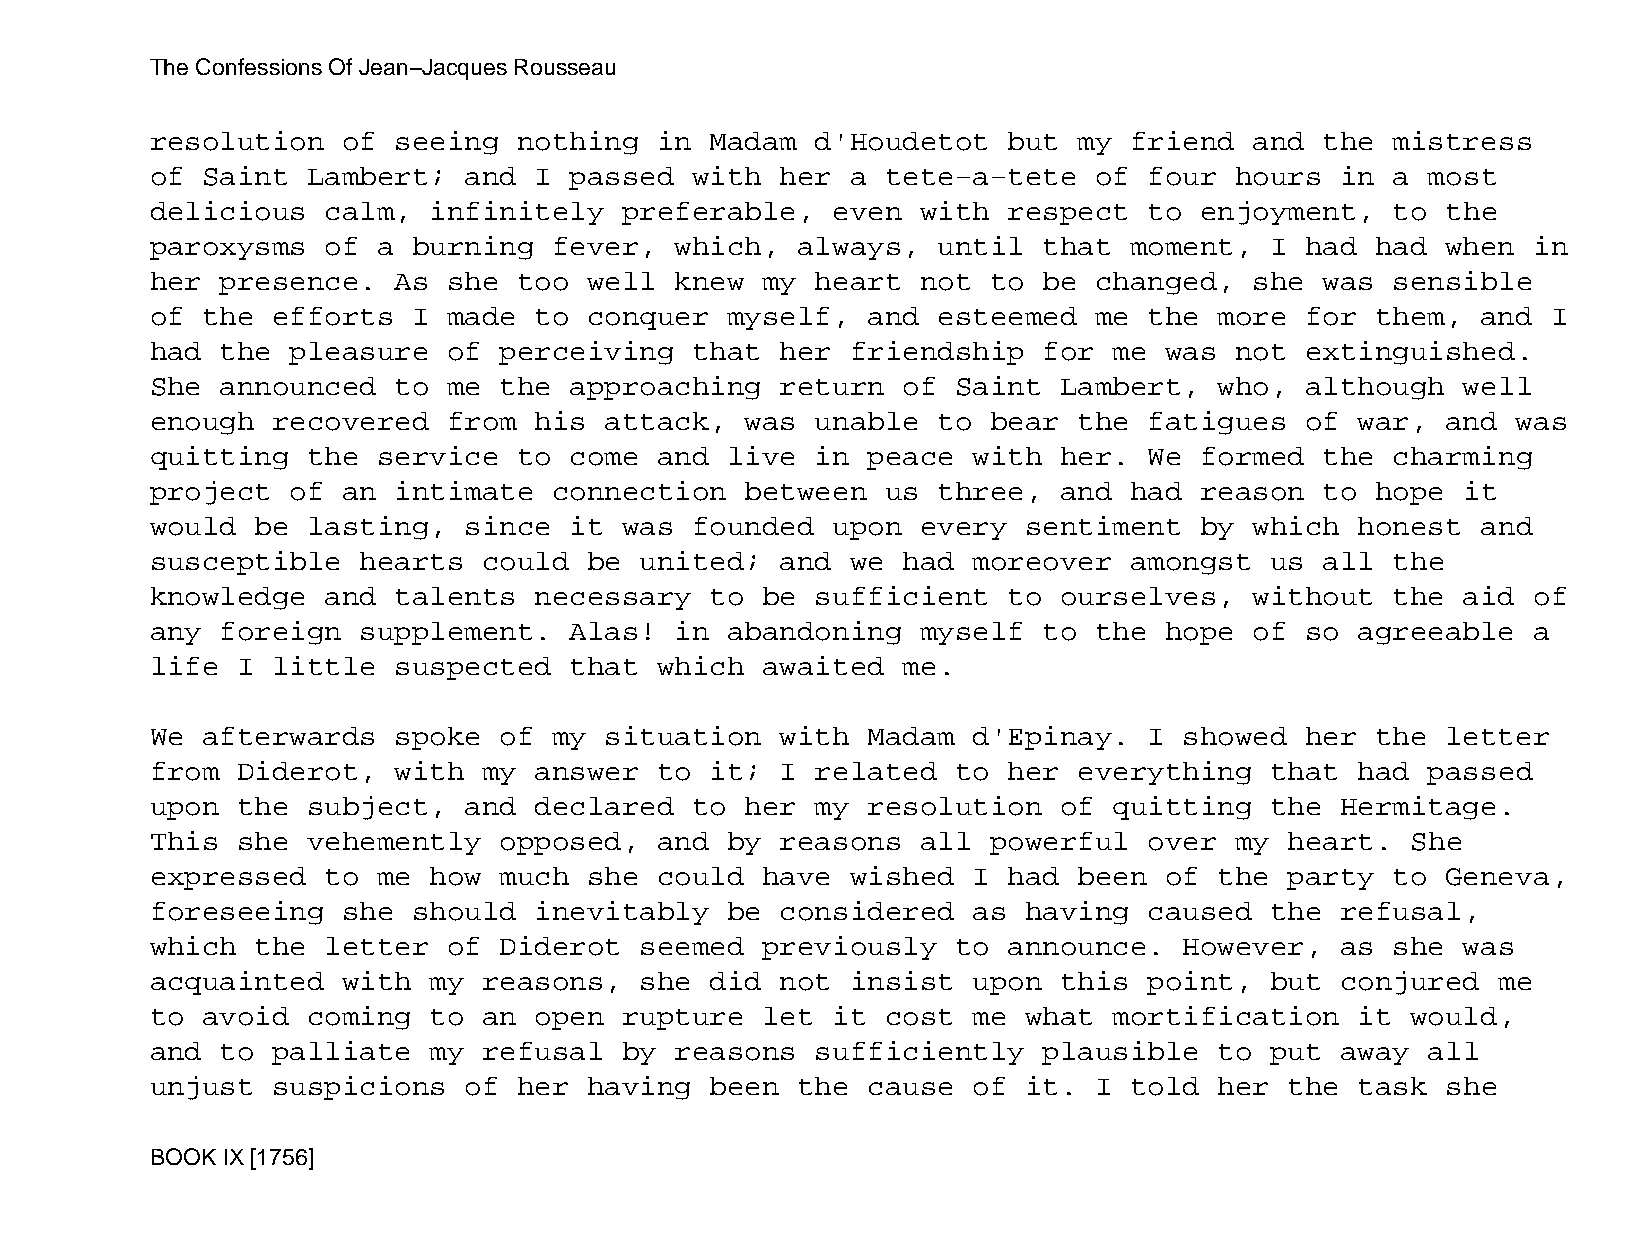
The Confessions Of Jean−Jacques Rousseau
 resolution   of seeing  nothing   in Madam  d'Houdetot   but my  friend  and  the mistress
 of Saint  Lambert;   and I  passed  with  her a  tete−a−tete  of  four  hours  in a  most
 delicious   calm, infinitely   preferable,   even  with  respect  to enjoyment,   to  the
 paroxysms   of a burning   fever,  which,  always,  until  that  moment,  I had  had  when in
 her  presence.  As  she too  well  knew my  heart  not  to be changed,   she  was sensible
 of the  efforts  I  made to  conquer  myself,  and  esteemed  me  the  more for  them,  and  I
 had  the pleasure   of perceiving   that  her friendship   for  me was  not extinguished.
 She  announced  to  me the  approaching   return  of Saint  Lambert,   who, although   well
 enough  recovered   from his  attack,  was  unable  to  bear the  fatigues  of  war,  and was
 quitting  the  service  to  come  and live  in peace  with  her.  We formed   the charming
 project  of  an intimate   connection  between   us three,  and  had reason   to hope  it
 would  be lasting,   since  it was  founded  upon  every  sentiment  by  which  honest  and
 susceptible   hearts  could  be united;   and we  had moreover   amongst  us  all the
 knowledge   and talents  necessary   to be  sufficient   to ourselves,   without  the  aid of
 any  foreign  supplement.   Alas!  in abandoning   myself  to the  hope  of so  agreeable  a
 life  I little  suspected   that  which awaited   me.
 We afterwards   spoke  of  my situation   with Madam  d'Epinay.   I showed  her  the  letter
 from  Diderot,  with  my answer   to it;  I related  to  her everything   that  had  passed
 upon  the subject,   and declared   to her  my resolution   of  quitting  the  Hermitage.
 This  she vehemently   opposed,   and by  reasons  all  powerful  over  my heart.  She
 expressed   to me how  much  she  could have  wished  I  had been  of  the party  to  Geneva,
 foreseeing   she should  inevitably   be  considered  as  having  caused  the  refusal,
 which  the  letter  of Diderot  seemed  previously   to  announce.  However,   as she  was
 acquainted   with my  reasons,  she  did  not insist  upon  this  point,  but  conjured  me
 to avoid  coming  to  an open  rupture  let  it  cost me  what  mortification   it would,
 and  to palliate  my  refusal  by  reasons  sufficiently   plausible   to put  away  all
 unjust  suspicions   of her  having  been  the cause  of  it. I  told  her the  task  she
 BOOK IX [1756]